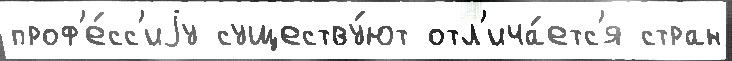
проф'е́сс'иjу существу́ют отл'ича́етс'я стран